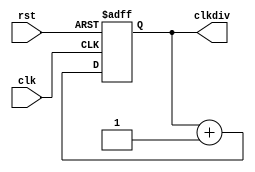
`timescale 1ns / 1ps
//////////////////////////////////////////////////////////////////////////////////
// Company: 
// Engineer: 
// 
// Design Name: 
// Module Name:    clkdiv 
// Project Name: 
// Target Devices: 
// Tool versions: 
// Description: 
//
// Dependencies: 
//
// Revision: 
// Revision 0.01 - File Created
// Additional Comments: 
//
//////////////////////////////////////////////////////////////////////////////////
module clkdiv(input clk,input rst,output reg[31:0] clkdiv);
	always @(posedge clk or posedge rst)begin 
	if (rst) clkdiv <=0;
	else clkdiv <=clkdiv + 1'b1;
	end   
endmodule